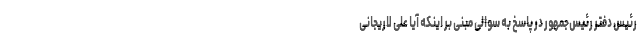
رئیس دفتر رئیس‌جمهور در پاسخ به سوالی مبنی بر اینکه آیا علی لاریجانی